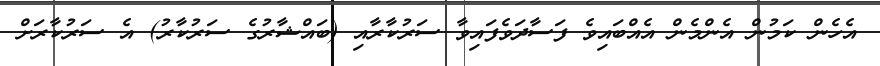
އެހެން ކަމުން އެންމެން އެއްބައިވެ ފަސާދަވެފައިވާ ސަރުކާރާއި (ބައްޝާރުގެ ސަރުކާރު) އެ ސަރުކާރަށް